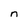
Character: n